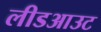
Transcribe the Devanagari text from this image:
लीडआउट